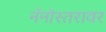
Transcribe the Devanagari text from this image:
नॅनोस्तरावर